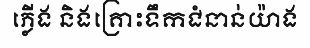
ភ្លើង និងគ្រោះទឹកជំនាន់យ៉ាង